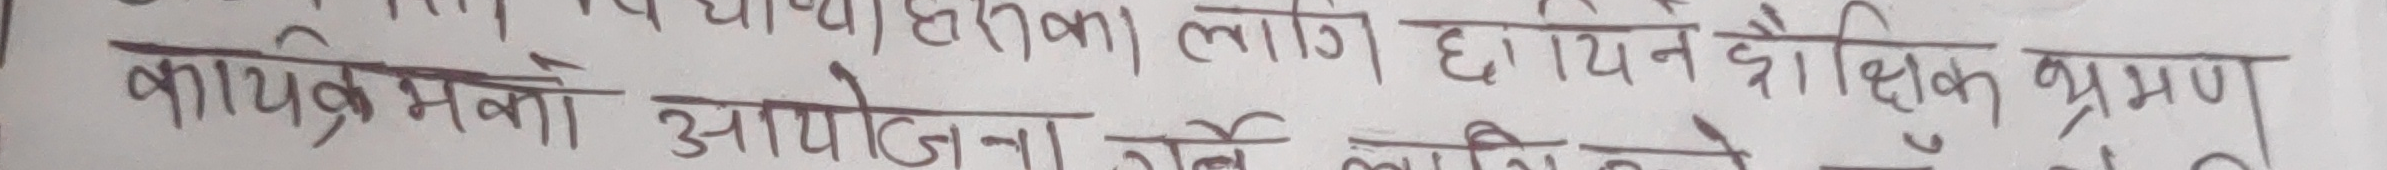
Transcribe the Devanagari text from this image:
प्र. विद्यार्थीहरूका लागि शैक्षिक भ्रमण